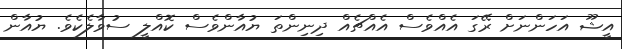
އީޝޫ އަހަންނަށް ރޭގަ އެއްވެސް އެއްޗެއް ދިނިންތަ ޔުއާންވެސް ކޮއްލީ ސުވާލެކެވެ. ޔުއާން